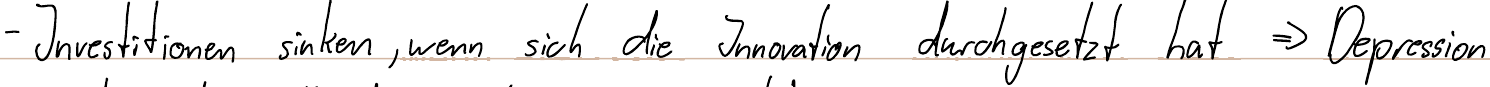
- Investitionen sinken, wenn sich die Innovation durchgesetzt hat => Depression